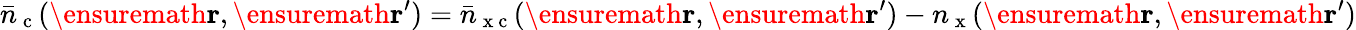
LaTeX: \bar{n}_{\mathrm{~c~}}(\ensuremath{\mathbf{r}},\ensuremath{\mathbf{r}}^{\prime})=\bar{n}_{\mathrm{~x~c~}}(\ensuremath{\mathbf{r}},\ensuremath{\mathbf{r}}^{\prime})-n_{\mathrm{~x~}}(\ensuremath{\mathbf{r}},\ensuremath{\mathbf{r}}^{\prime})